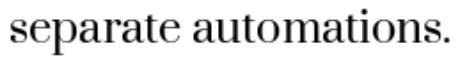
separate automations.